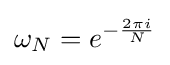
\omega _{N}=e^{-{\frac {2\pi i}{N}}}